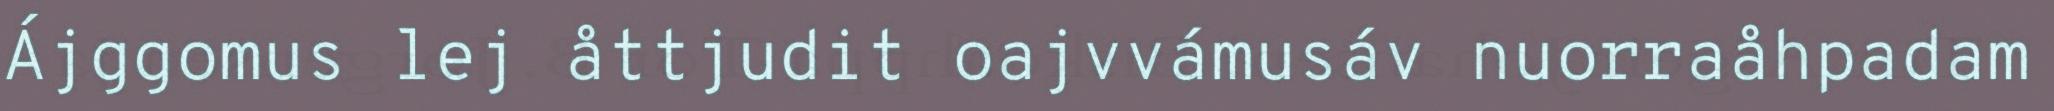
Ájggomus lej åttjudit oajvvámusáv nuorraåhpadam